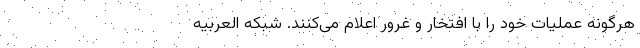
هرگونه عملیات خود را با افتخار و غرور اعلام می‌کنند. شبکه العربیه